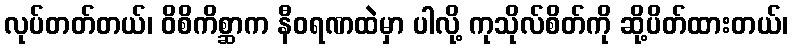
လုပ်တတ်တယ်၊ ဝိစိကိစ္ဆာက နီဝရဏထဲမှာ ပါလို့ ကုသိုလ်စိတ်ကို ဆို့ပိတ်ထားတယ်၊